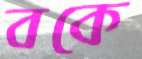
বকে